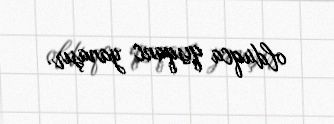
olduqca qısqanc yanaşır.